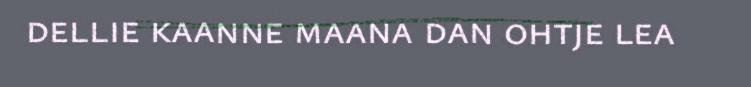
dellie kaanne maana dan ohtje lea